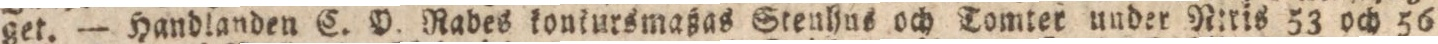
get. — Handlanden C. P. Rabes konkursmaßas Stenhus och Tomter under N:ris 53 och 56